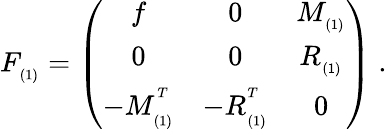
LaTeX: F_{_{(1)}}=\left(\begin{array}{ccc}{{f}}&{{0}}&{{M_{_{(1)}}}}\\ {{0}}&{{0}}&{{R_{_{(1)}}}}\\ {{-M_{_{(1)}}^{^T}}}&{{-R_{_{(1)}}^{^T}}}&{{0}}\end{array}\right)\; .